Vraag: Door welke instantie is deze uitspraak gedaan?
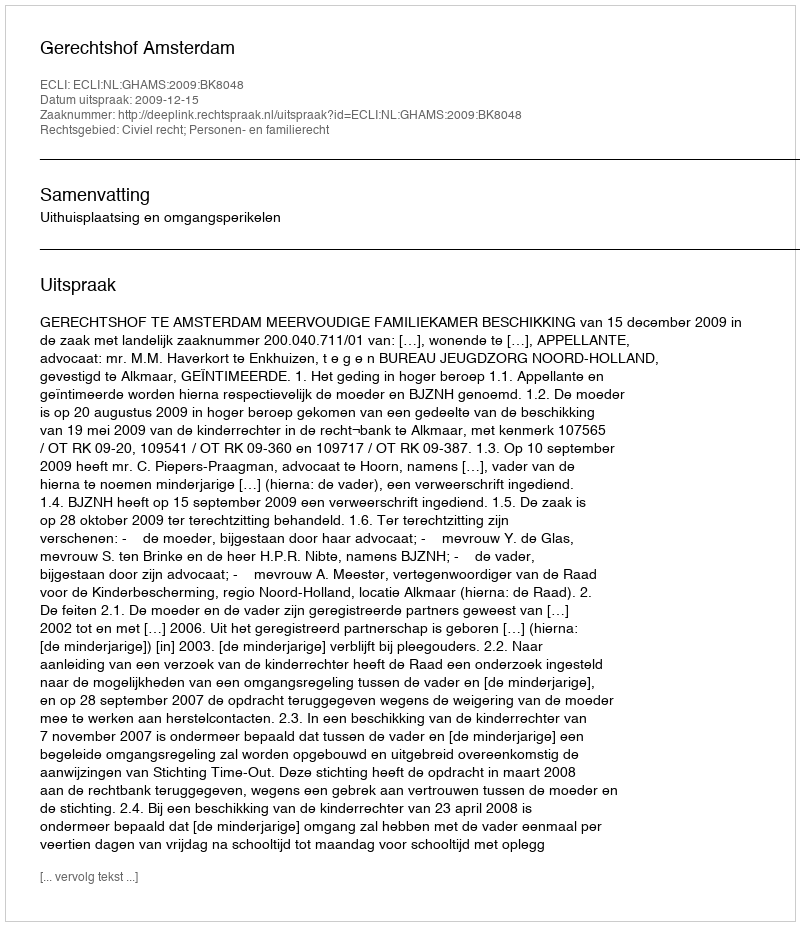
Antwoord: Gerechtshof Amsterdam